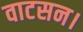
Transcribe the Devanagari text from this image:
वाटसन।